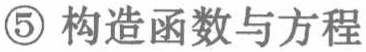
\textcircled{5} 构造函数与方程